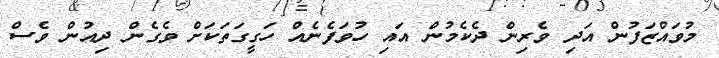
މުވައްޒަފުން އަދި ވެރިން ދެކެމުން އައި ހުވަފެނެއް ހަގީގަތަކަށް ވެގެން ދިއުން ވެސް